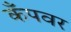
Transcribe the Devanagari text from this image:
कँपवर